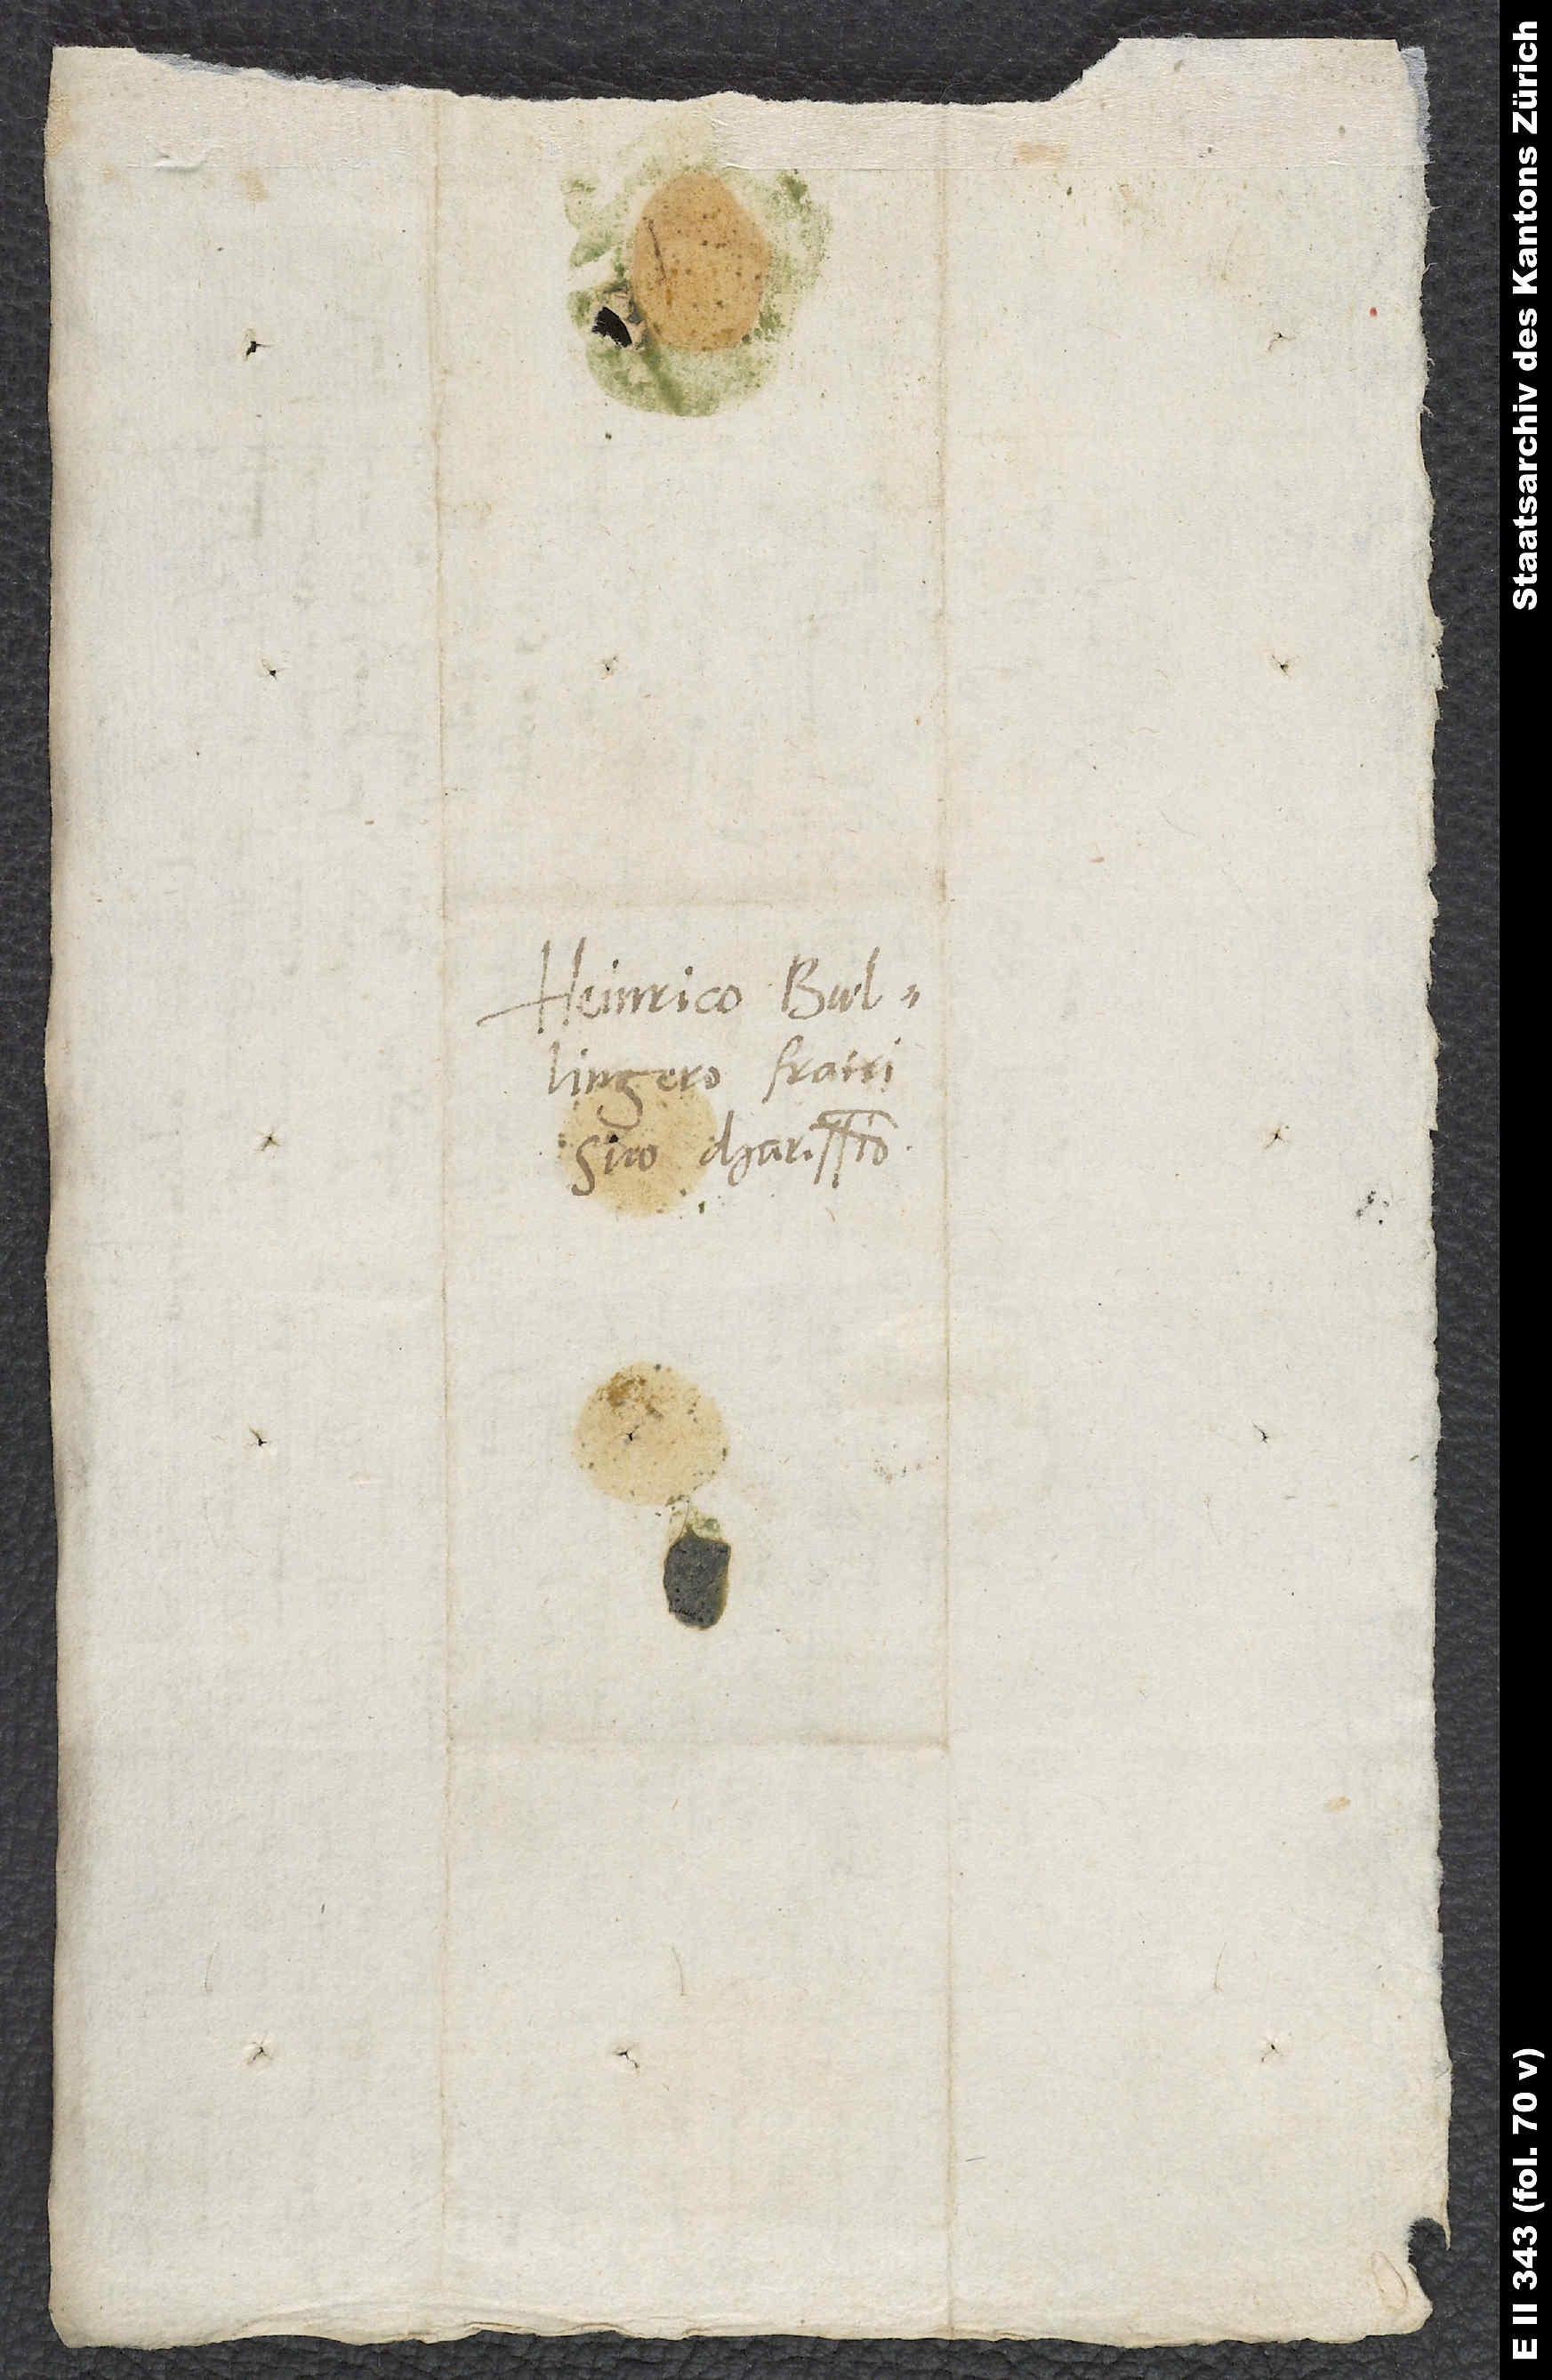
Heinrico Bullingero,
suo charissimo.